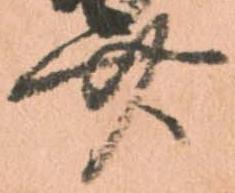
廿